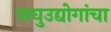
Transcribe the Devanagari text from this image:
लघुउद्योगांचा